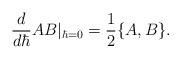
LaTeX: \begin{align*}\frac{d}{d\hbar}AB|_{\hbar=0} =\frac{1}{2} \{A,B\} .\end{align*}